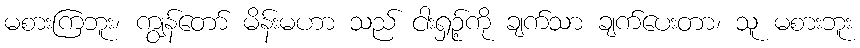
မစားကြဘူး၊ ကျွန်တော် မိန်းမဟာ သည် ငါးရှဉ့်ကို ချက်သာ ချက်ပေးတာ၊ သူ မစားဘူး